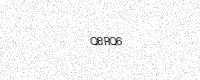
Text: Q8RQ6